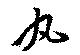
丸